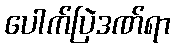
ပေါက်ပြဲဒဏ်ရာ